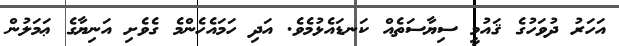
އަހަރު ދުވަހުގެ ޤައުމީ ސިޔާސަތެއް ކަނޑައެޅުމެވެ. އަދި ހަމައެހެންމެ ގެވެށި އަނިޔާގެ ޢަމަލުން